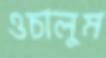
ওচালুম